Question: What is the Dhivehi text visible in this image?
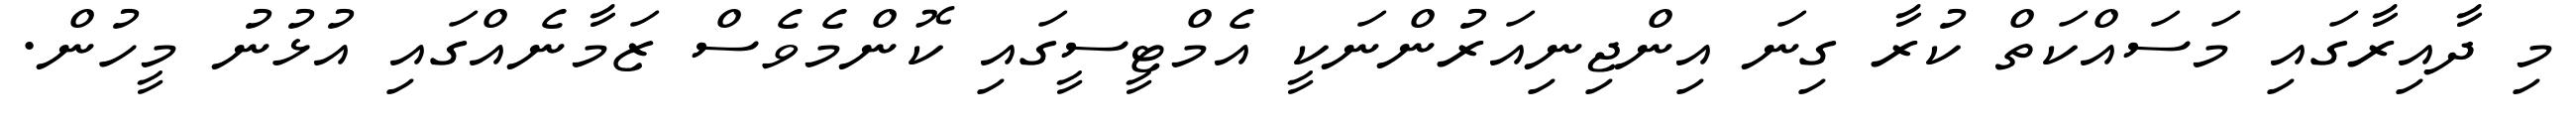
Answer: މި ދާއިރާގައި މަސައްކަތް ކުރާ ގިނަ އިންޖިނިއަރުންނަކީ އެމްޓީސީގައި ކޮންމެވެސް ޒަމާނެއްގައި އުޅުނު މީހުން.